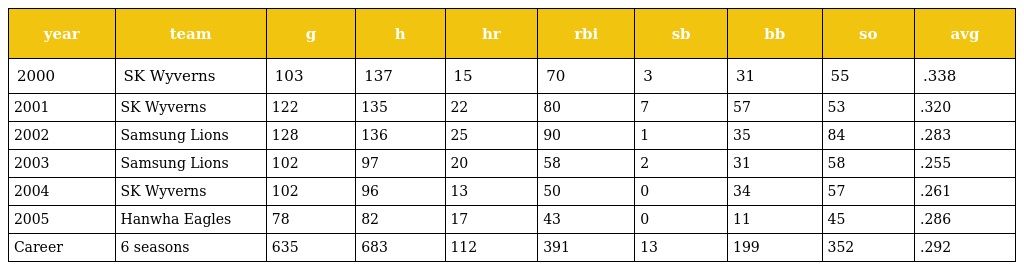
| year | team | g | h | hr | rbi | sb | bb | so | avg |
 | --- | --- | --- | --- | --- | --- | --- | --- | --- | --- |
 | 2000 | SK Wyverns | 103 | 137 | 15 | 70 | 3 | 31 | 55 | .338 |
 | 2001 | SK Wyverns | 122 | 135 | 22 | 80 | 7 | 57 | 53 | .320 |
 | 2002 | Samsung Lions | 128 | 136 | 25 | 90 | 1 | 35 | 84 | .283 |
 | 2003 | Samsung Lions | 102 | 97 | 20 | 58 | 2 | 31 | 58 | .255 |
 | 2004 | SK Wyverns | 102 | 96 | 13 | 50 | 0 | 34 | 57 | .261 |
 | 2005 | Hanwha Eagles | 78 | 82 | 17 | 43 | 0 | 11 | 45 | .286 |
 | Career | 6 seasons | 635 | 683 | 112 | 391 | 13 | 199 | 352 | .292 |